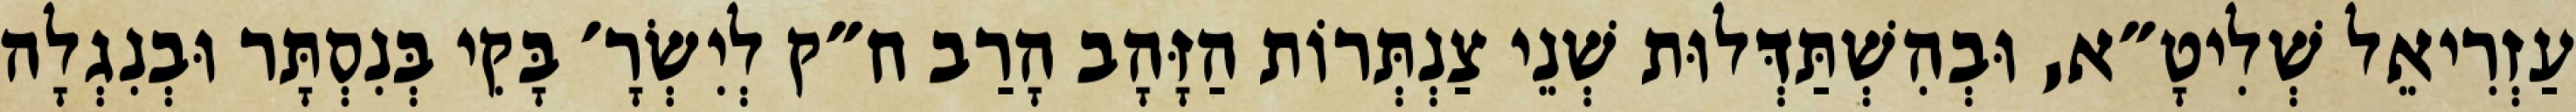
עַזְרִיאֵל שְׁלִיטָ״א, וּבְהִשְׁתַּדְּלוּת שְׁנֵי צַנְתְּרוֹת הַזָּהָב הָרַב ח״ק לְיִשְׂרָ׳ בָּקִי בְּנִסְתָּר וּבְנִגְלָה